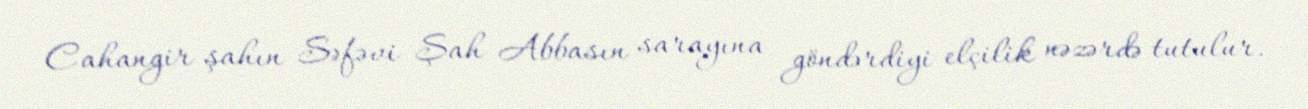
Cahangir şahın Səfəvi Şah Abbasın sarayına göndərdiyi elçilik nəzərdə tutulur.